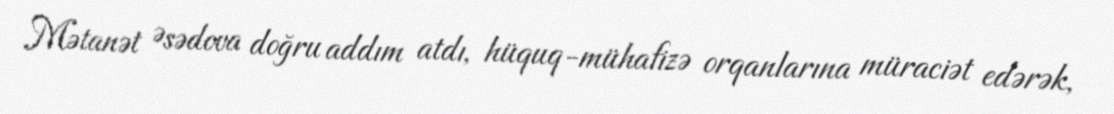
Mətanət Əsədova doğru addım atdı, hüquq-mühafizə orqanlarına müraciət edərək,